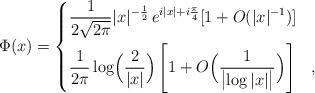
LaTeX: \begin{align*} \Phi(x) =\left \{ \begin{aligned} &\frac1{2\sqrt{2\pi}} |x|^{-\frac12}\, e^{i|x|+i\frac{\pi}{4}}[1+O(|x|^{-1})] &&\\ &\frac1{2\pi}\log\Bigl(\frac{2}{|x|}\Bigr)\left[1+O\Bigl(\frac1{\bigl|\log |x| \bigr|}\Bigr)\right] &&, \end{aligned} \right. \end{align*}